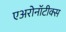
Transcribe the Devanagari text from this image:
एअरोनॉटीक्स